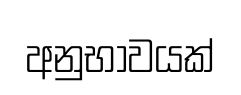
අනුභාවයක්